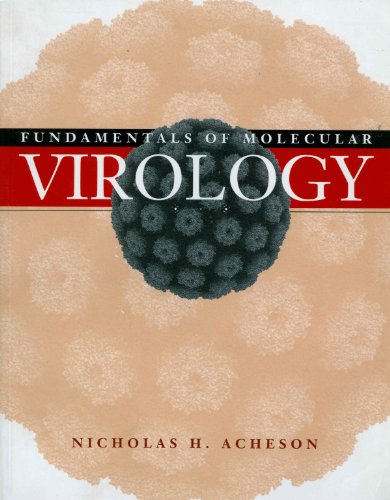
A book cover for Fundamentals of Molecular Virology; Nicholas H. Acheson; Medical Books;